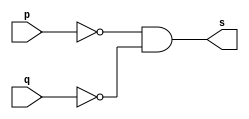
// ------------------------- 
// Exercicio0005 - NOR	
// Nome: Rodrigo Arruda de Assis 
// ------------------------- 

// ------------------------- 
// -- nor gate 
// ------------------------- 
	module norgate ( output s, 
	input p, q); 
	assign s = ~p & ~q; 
	endmodule // norgate 

// --------------------- 
// -- test nor gate 
// --------------------- 
	module testnorgate; 

// ------------------------- dados locais 
	reg a, b; // definir registradores 
	wire s; // definir conexao (fio) 

// ------------------------- instancia 
	norgate NOR1 (s, a, b); 

// ------------------------- preparacao 
	initial begin:start 
// atribuicao simultanea 
// dos valores iniciais 
	a=0; b=0; 
end 

// ------------------------- parte principal 
	initial begin 
	$display("Exercicio0005 - Rodrigo Arruda de Assis - 427460"); 
	$display("Test NOR gate"); 
	$display("\n ~a & ~b = s\n"); 
		a=0; b=0; 
	#1 $display("%b & %b = %b", a, b, s); 
		a=0; b=1; 
	#1 $display("%b & %b = %b", a, b, s); 
		a=1; b=0; 
	#1 $display("%b & %b = %b", a, b, s); 
		a=1; b=1; 
	#1 $display("%b & %b = %b", a, b, s); 
end 
endmodule // testnandgate